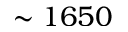
\sim 1 6 5 0